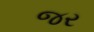
જર